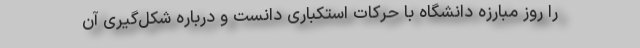
را روز مبارزه دانشگاه با حرکات استکباری دانست و درباره شکل‌گیری آن